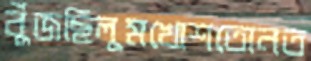
বুঁজছিলুমখোশতোনত